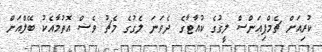
ކުރިއަށް ޗެމްޕިއަންސް ލީގުގެ ކުއާޓާގެ ދެވަނަ ލެގުގެ މެޗު ވެސް އޮތުމާއެކު ބޭލްއަށް